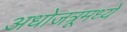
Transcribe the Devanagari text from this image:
अधोजत्रूमध्ये